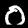
Digit: 0